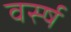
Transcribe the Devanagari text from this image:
वर्स्ष